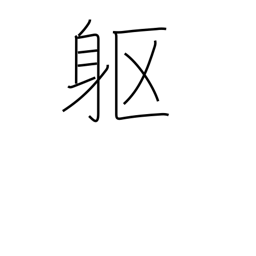
Meaning: corpse